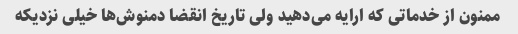
ممنون از خدماتی که ارایه می‌دهید ولی تاریخ انقضا دمنوش‌ها خیلی نزدیکه